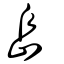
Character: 峊